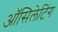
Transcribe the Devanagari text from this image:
ऑसिलेटिंग